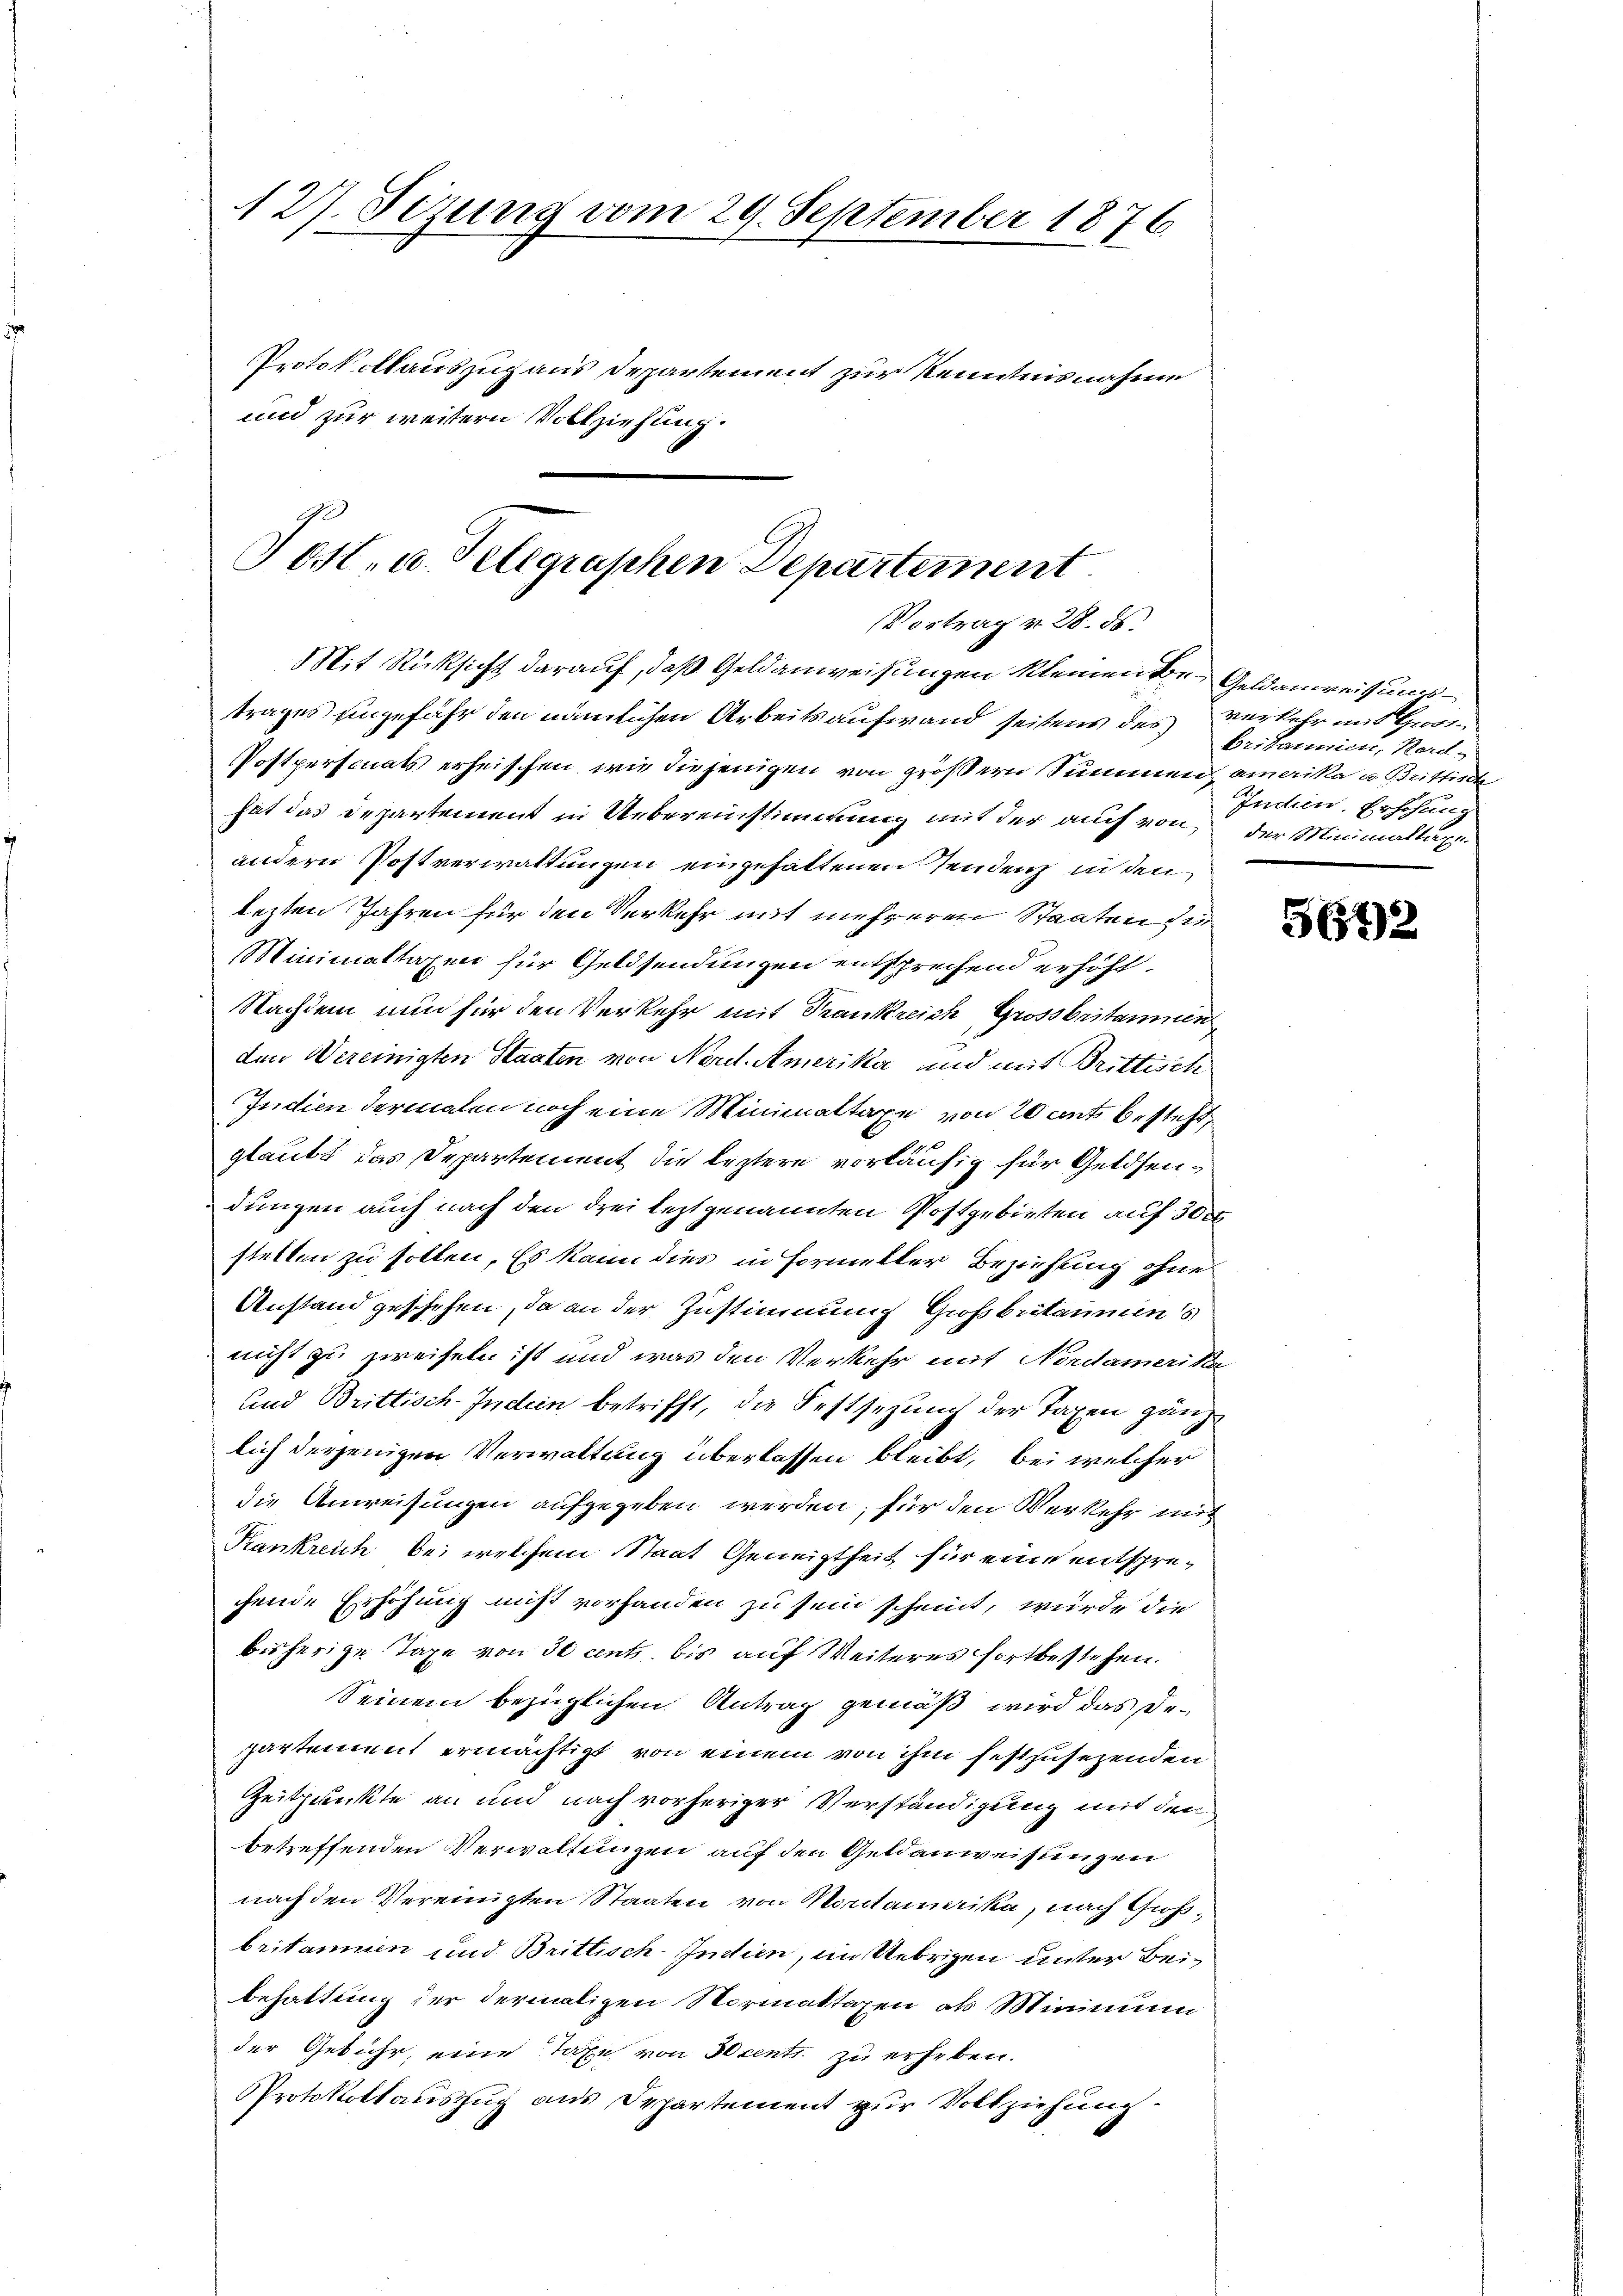
127. Sizung vom 29. September 1876

Protokollauszug aus Departement zur Kenntnisnahme
und zur weitern Vollziehung.

Post- u. Telegraphen Departement
Vortrag v. 28. ds.

Mit Rücksicht darauf, daß Geldanweisungen kleinen Be- Geldanweisungstrages eingefähr den nämlichen Arbeitsaufwand seitens des verkehr mit Giorn
Postpersonats erheischen, wie diejenigen von größern Summen amerika u. Brittir
hat das Departement in Uebereinstimmung mit der auch von der Minimaltaxe.
andern Postverwaltungen eingehaltenen Tendenz in den
lezten Jahren für den Verkehr mit mehreren Staaten sie
Minimaltaxen für Geldsendungen entsprechend erhöht.
Nachdem nun für den Verkehr mit Frankreich Grossbritannen
den Vereinigten Staaten von Nord-Amerika und mit Brittisch
Indien dermalen noch eine Minimaltaxe von 20 mit besteht,
glaubt das Departement die leztere vorläufig für Geldsendungen auch nach den drei leztgenannten Postgebieten auf 30 rt
stellen zu sollen. Es kann dies in Formeller Beziehung ohne
Anstand geschehen, da an der Zustimmung Großbritaumens
nicht zu zweifeln ist und was den Verkehr mit Nordamerika
und Brittisch-Indein betrifft, die Festsezung der Taxen gänzlich derjenigen Verwaltung überlassen bleibt, bei welcher
die Anweisungen aufgegeben werden; für den Verkehr mit
Kankreich bei welchem Staat Geneigtheit für eine entspregende Erhöhung nicht vorhanden zu sein scheint, wurde die
bisherige Taxe von de cent bis auf Weiteres fortbestehen.
Seinem bezüglichen Antrag gemäß wird das Dezartement ermächtigt, von einem von ihm festzusezenden
Zeitpunkte an und nach vorheriger Verständigung mit den
betreffenden Verwaltungen auf den Geldanweisungen
nach den Vereinigten Staaten von Moritamerika, nach Gusbritannien und Brittisch-Indien, im Uebrigen unter Beibehaltung der dermaligen Normattagen als Minimum
der Gebühr, eine Taxe von 30 centr. zu erheben.
Protokollauszug aus Departement zur Vollziehung

britannen, Bord-
Indem Erhöhung

5672